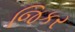
જિકર